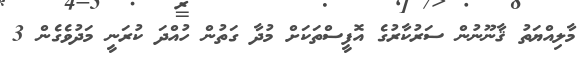
މާލިއްޔަތު ޤާނޫނުން ސަރުކާރުގެ އޮފީސްތަކަށް މުދާ ގަތުން ހުއްދަ ކުރަނީ މަދުވެގެން 3